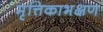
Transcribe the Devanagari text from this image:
मृत्तिकाभक्षण